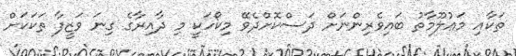
ތަކާއި މަޢުލޫމާތު ބައިވެރިންނަށް ދަސްކޮށްދެވޭ މިކޯހަކީ މި ދާއިރާގެ ގިނަ ވަޒީފާ ތަކަކަށް